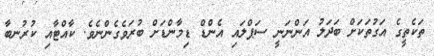
ތަކެތީގެ އަގުތަކަށް ބަދަލު އަންނަނީ ސަޕްލައި އެންޑް ޑިމާންޑަށް ބުރަވެެގެންނެވެ. ކާއްޓާއި ކުރުނބާ